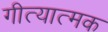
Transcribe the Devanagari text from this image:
गीत्यात्मक